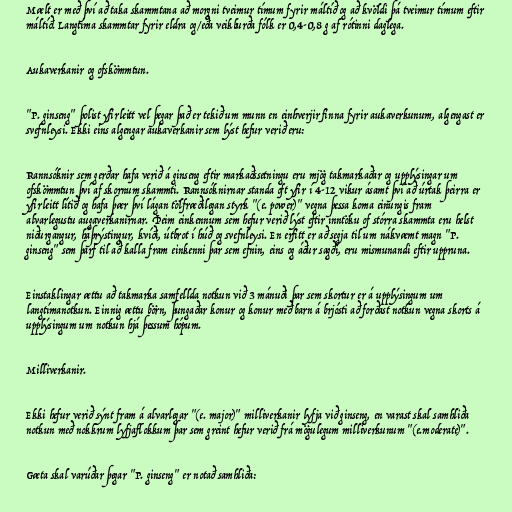
Mælt er með því að taka skammtana að morgni tveimur tímum fyrir máltíð og að kvöldi þá tveimur tímum eftir
máltíð. Langtíma skammtar fyrir eldra og/eða veikburða fólk er 0,4-0,8 g af rótinni daglega.

Aukaverkanir og ofskömmtun.

"P. ginseng" þolist yfirleitt vel þegar það er tekið um munn en einhverjir finna fyrir aukaverkunum, algengast er
svefnleysi. Ekki eins algengar aukaverkanir sem lýst hefur verið eru:

Rannsóknir sem gerðar hafa verið á ginseng eftir markaðssetningu eru mjög takmarkaðar og upplýsingar um
ofskömmtun því af skornum skammti. Rannsóknirnar standa oft yfir í 4-12 vikur ásamt því að úrtak þeirra er
yfirleitt lítið og hafa þær því lágan tölfræðilegan styrk "(e. power)" vegna þessa koma einungis fram
alvarlegustu augaverkanirnar. Þeim einkennum sem hefur verið lýst eftir inntöku of stórra skammta eru helst
niðurgangur, háþrýstingur, kvíði, útbrot í húð og svefnleysi. En erfitt er að segja til um nákvæmt magn "P.
ginseng" sem þarf til að kalla fram einkenni þar sem efnin, eins og áður sagði, eru mismunandi eftir uppruna.

Einstaklingar ættu að takmarka samfellda notkun við 3 mánuði þar sem skortur er á upplýsingum um
langtímanotkun. Einnig ættu börn, þungaðar konur og konur með barn á brjósti að forðast notkun vegna skorts á
upplýsingum um notkun hjá þessum hópum.

Milliverkanir.

Ekki hefur verið sýnt fram á alvarlegar "(e. major)" milliverkanir lyfja við ginseng, en varast skal samhliða
notkun með nokkrum lyfjaflokkum þar sem greint hefur verið frá mögulegum milliverkunum "(e.moderate)".

Gæta skal varúðar þegar "P. ginseng" er notað samhliða: